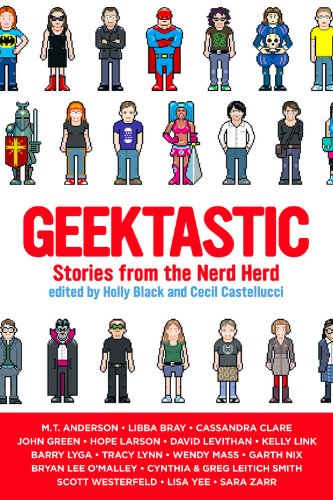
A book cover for Geektastic: Stories from the Nerd Herd; Teen & Young Adult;